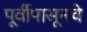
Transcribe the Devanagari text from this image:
पूर्वीपासूनचे